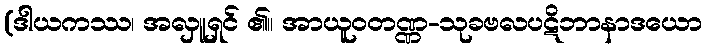
(ဒါယကဿ၊ အလှူရှင် ၏။ အာယူဝတဏ္ဏ-သုခဗလပဋိဘာနာဒယော